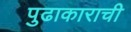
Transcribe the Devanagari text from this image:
पुढाकाराची